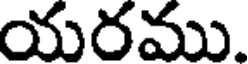
యరము.